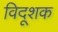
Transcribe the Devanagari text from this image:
विदूशक